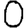
Digit: 0